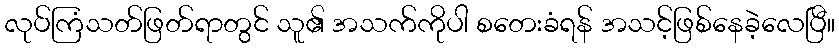
လုပ်ကြံသတ်ဖြတ်ရာတွင် သူ၏ အသက်ကိုပါ စတေးခံရန် အသင့်ဖြစ်နေခဲ့လေပြီ။